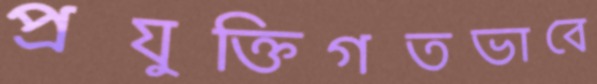
প্রযুক্তিগতভাবে